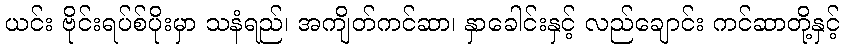
ယင်း ဗိုင်းရပ်စ်ပိုးမှာ သနံရည်၊ အကျိတ်ကင်ဆာ၊ နှာခေါင်းနှင့် လည်ချောင်း ကင်ဆာတို့နှင့်